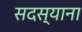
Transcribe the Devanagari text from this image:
सदस्याना